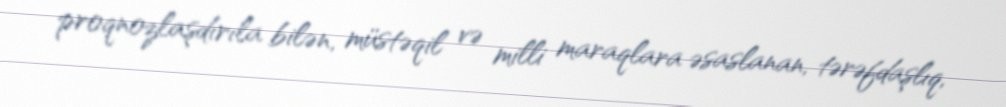
proqnozlaşdırıla bilən, müstəqil və milli maraqlara əsaslanan, tərəfdaşlıq,